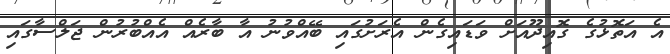
އެ އަތޮޅުގެ ގޮއިދޫއަށް ވަޑައިގެން އެރަށުގައި ބޭއްވުނު އާ ބާރެއް އެއްބުރުން ޖަލްސާގައި